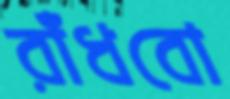
রাঁধবো